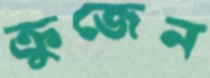
ক্রুজেন